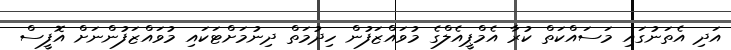
އަދި އެތަނުގައި މަސައްކަތް ކުރާ އެމްޕީއެލްގެ މުވައްޒަފުން ހިދުމަތް ދިނުމަށްޓަކައި މުވައްޒަފުންނަށް އޮފީސް